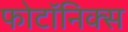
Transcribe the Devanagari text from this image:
फोटॉनिक्‍स